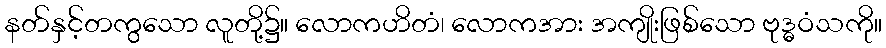
နတ်နှင့်တကွသော လူတို့၌။ လောကဟိတံ၊ လောကအား အကျိုးဖြစ်သော ဗုဒ္ဓဝံသကို။